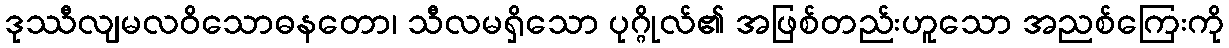
ဒုဿီလျမလဝိသောဓနတော၊ သီလမရှိသော ပုဂ္ဂိုလ်၏ အဖြစ်တည်းဟူသော အညစ်ကြေးကို